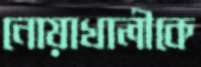
নোয়াখালীকে